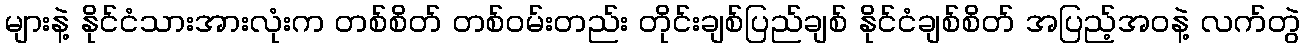
များနဲ့ နိုင်ငံသားအားလုံးက တစ်စိတ် တစ်ဝမ်းတည်း တိုင်းချစ်ပြည်ချစ် နိုင်ငံချစ်စိတ် အပြည့်အဝနဲ့ လက်တွဲ